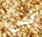
قص